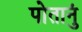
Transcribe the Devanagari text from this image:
पोतानुं